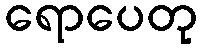
ရောပေတု